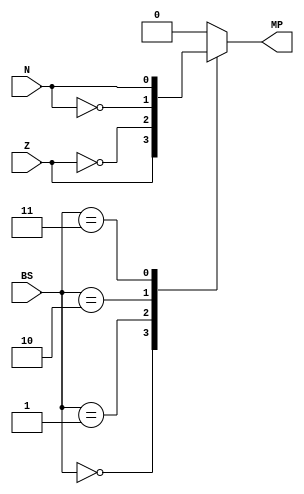
module muxBRANCH(Z, N, BS, MP);

	input Z, N;
	input [2:0] BS;
	output reg MP;
	
	// branching codes
	parameter [2:0] EQ = 3'b000, // Z flag raised
						 NE = 3'b001, // Z flag not raised
						 GEZ = 3'b010, // N flag not raised
						 LTZ = 3'b011, // N flag raised
						 NOTHING = 3'b100; // 0
						 
	always @(*) begin
		case(BS)
			EQ:      MP = Z;
			NE:      MP = ~Z;
			GEZ:     MP = ~N;
			LTZ:     MP = N;
			default: MP = 1'b0;
		endcase
	end

endmodule